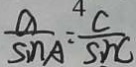
\frac { a } { \sin A } = \frac { C } { \sin C }